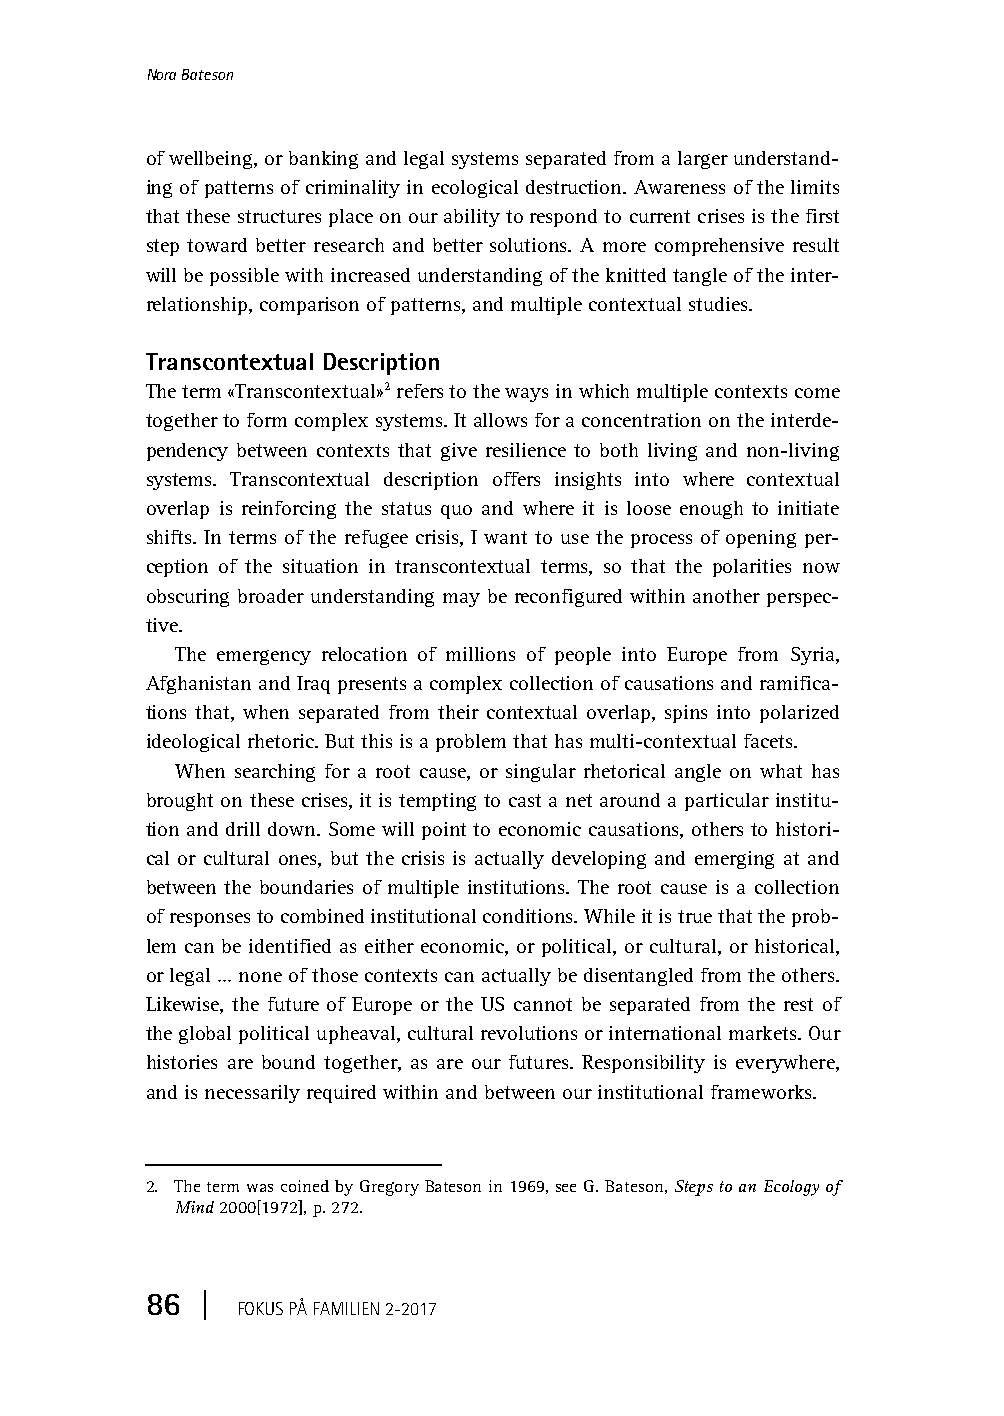
Fokus-2017-2.book Page 86 Monday, April 10, 2017 1:18 PM
 Nora Bateson
 of wellbeing, or banking and legal systems separated from a larger understand-
 ing of patterns of criminality in ecological destruction. Awareness of the limits
 that these structures place on our ability to respond to current crises is the first
 step toward better research and better solutions. A more comprehensive result
 will be possible with increased understanding of the knitted tangle of the inter-
 relationship, comparison of patterns, and multiple contextual studies.
 Transcontextual Description
 The term «Transcontextual»2 refers to the ways in which multiple contexts come
 together to form complex systems. It allows for a concentration on the interde-
 pendency between contexts that give resilience to both living and non-living
 systems. Transcontextual description offers insights into where contextual
 overlap is reinforcing the status quo and where it is loose enough to initiate
 shifts. In terms of the refugee crisis, I want to use the process of opening per-
 ception of the situation in transcontextual terms, so that the polarities now
 obscuring broader understanding may be reconfigured within another perspec-
 tive.
 The emergency relocation of millions of people into Europe from Syria,
 Afghanistan and Iraq presents a complex collection of causations and ramifica-
 tions that, when separated from their contextual overlap, spins into polarized
 ideological rhetoric. But this is a problem that has multi-contextual facets.
 When searching for a root cause, or singular rhetorical angle on what has
 brought on these crises, it is tempting to cast a net around a particular institu-
 tion and drill down. Some will point to economic causations, others to histori-
 cal or cultural ones, but the crisis is actually developing and emerging at and
 between the boundaries of multiple institutions. The root cause is a collection
 of responses to combined institutional conditions. While it is true that the prob-
 lem can be identified as either economic, or political, or cultural, or historical,
 or legal … none of those contexts can actually be disentangled from the others.
 Likewise, the future of Europe or the US cannot be separated from the rest of
 the global political upheaval, cultural revolutions or international markets. Our
 histories are bound together, as are our futures. Responsibility is everywhere,
 and is necessarily required within and between our institutional frameworks.
 2. The term was coined by Gregory Bateson in 1969, see G. Bateson, Steps to an Ecology of
 Mind 2000[1972], p. 272.
 86 |
 FOKUS PÅ FAMILIEN2-2017